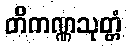
တိကဏ္ဏသုတ္တံ